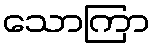
သောကြာ